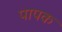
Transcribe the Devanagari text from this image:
पापक